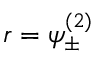
r = \psi _ { \pm } ^ { ( 2 ) }